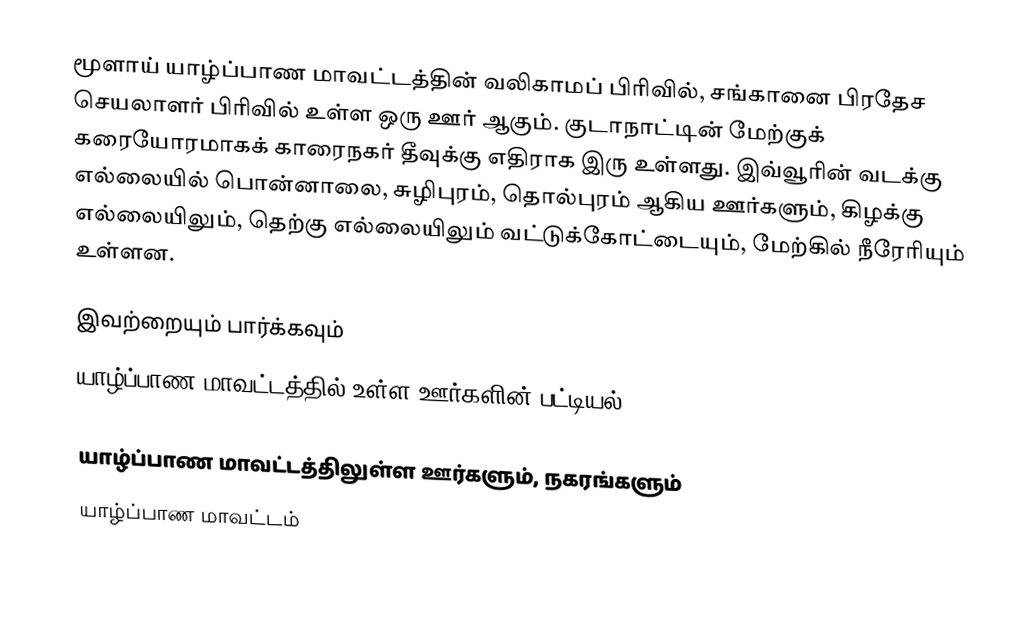
மூளாய் யாழ்ப்பாண மாவட்டத்தின் வலிகாமப் பிரிவில், சங்கானை பிரதேச செயலாளர் பிரிவில் உள்ள ஒரு ஊர் ஆகும். குடாநாட்டின் மேற்குக் கரையோரமாகக் காரைநகர் தீவுக்கு எதிராக இரு உள்ளது. இவ்வூரின் வடக்கு எல்லையில் பொன்னாலை, சுழிபுரம், தொல்புரம் ஆகிய ஊர்களும், கிழக்கு எல்லையிலும், தெற்கு எல்லையிலும் வட்டுக்கோட்டையும், மேற்கில் நீரேரியும் உள்ளன.

இவற்றையும் பார்க்கவும்
 யாழ்ப்பாண மாவட்டத்தில் உள்ள ஊர்களின் பட்டியல்

யாழ்ப்பாண மாவட்டத்திலுள்ள ஊர்களும், நகரங்களும்
யாழ்ப்பாண மாவட்டம்